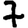
Digit: 7